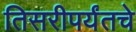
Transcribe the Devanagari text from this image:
तिसरीपर्यंतचे